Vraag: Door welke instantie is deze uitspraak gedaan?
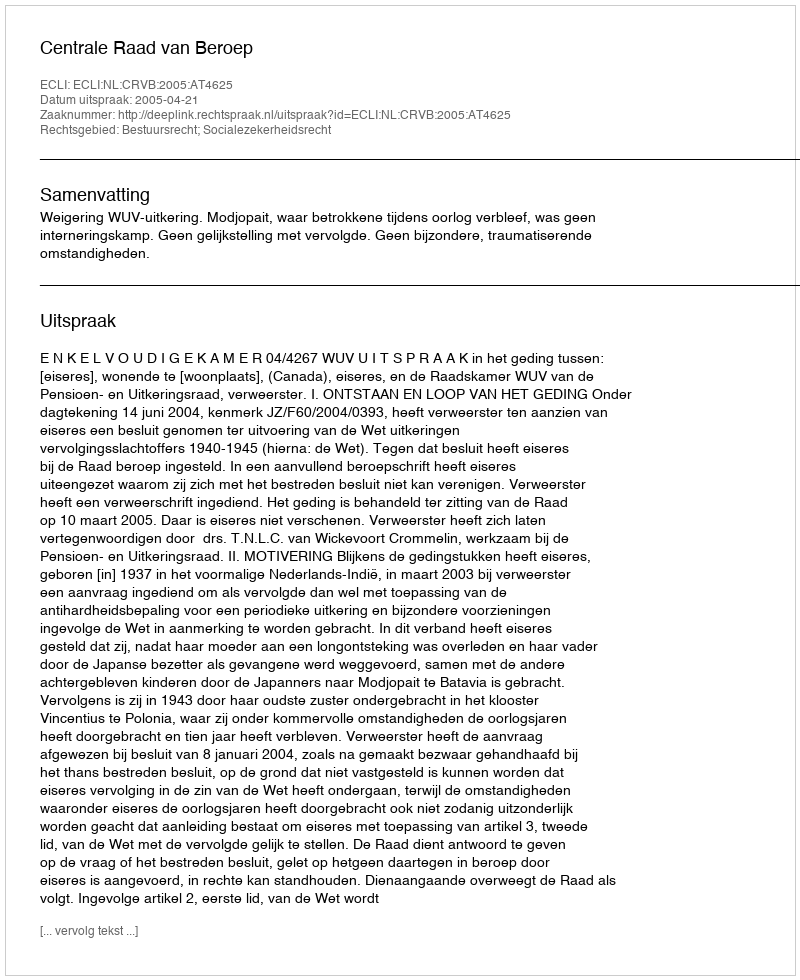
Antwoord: Centrale Raad van Beroep